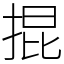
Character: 掍